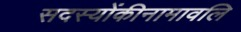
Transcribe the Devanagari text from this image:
सदस्योंकीनामावलि